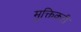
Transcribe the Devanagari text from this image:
मुक्तिकरी